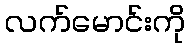
လက်မောင်းကို